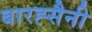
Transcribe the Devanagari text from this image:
बारह्सैनी